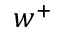
w ^ { + }